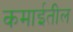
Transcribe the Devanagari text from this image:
कमाईतील